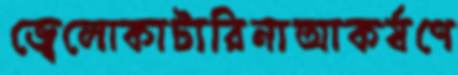
জ্বেলোকাটারিনাআকর্ষণে